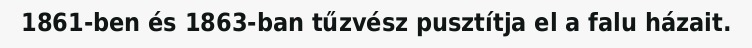
1861-ben és 1863-ban tűzvész pusztítja el a falu házait.